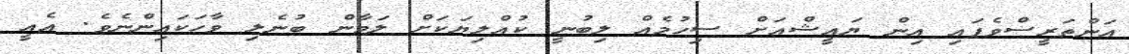
އަންތަރީސްވެފައި އިން ޔައީޝްއަށް ސިހުމެއް ލިބުނީ ކުއްލިޔަކަށް ލަމާން ބުނެލި ވާހަކައިންނެވެ. އެއީ